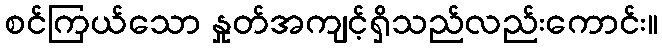
စင်ကြယ်သော နှုတ်အကျင့်ရှိသည်လည်းကောင်း။